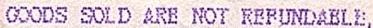
GOODS SOLD ARE NOT REFUNDABLE,